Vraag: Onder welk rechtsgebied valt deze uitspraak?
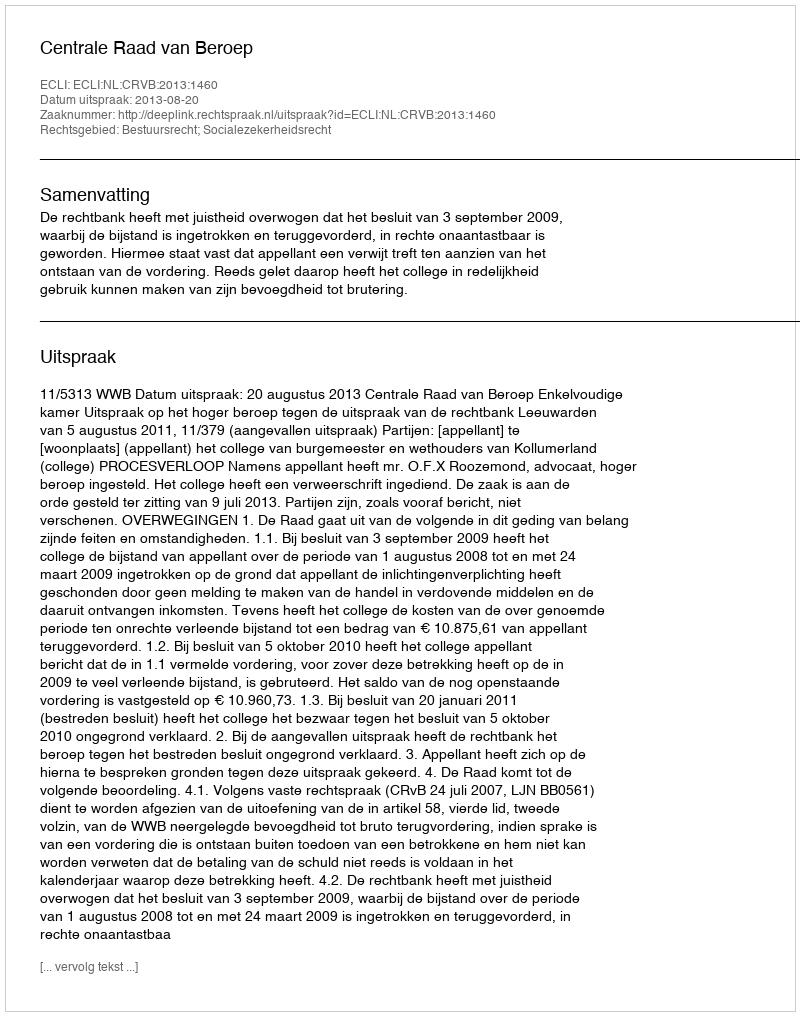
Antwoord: Bestuursrecht; Socialezekerheidsrecht